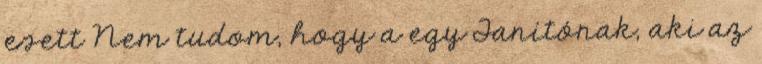
esett Nem tudom, hogy a egy Tanítónak, aki az